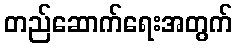
တည်ဆောက်ရေးအတွက်